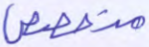
متخصص